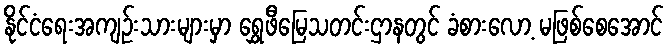
နိုင်ငံရေးအကျဉ်းသားများမှာ ရွှေဖီမြေသတင်းဌာနတွင် ခံစားလော့ မဖြစ်စေအောင်